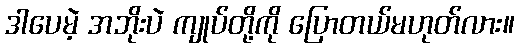
ဒါပေမဲ့ အဘိုးပဲ ကျုပ်တို့ကို ပြောတယ်မဟုတ်လား။